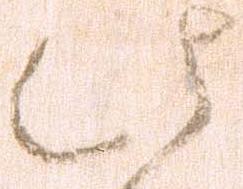
此